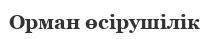
Орман өсірушілік